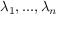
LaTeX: \lambda _ { 1 } , . . . , \lambda _ { n }